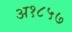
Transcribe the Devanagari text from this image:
अ१८५७